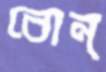
বোন্‌